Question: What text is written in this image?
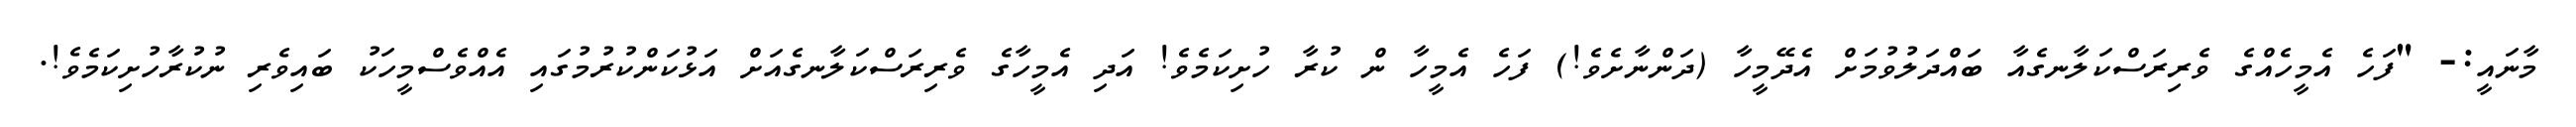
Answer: މާނައީ:- "ފަހެ އެމީހެއްގެ ވެރިރަސްކަލާނގެއާ ބައްދަލުވުމަށް އެދޭމީހާ (ދަންނާށެވެ!) ފަހެ އެމީހާ ން ކުރާ ހުށިކަމެވެ! އަދި އެމީހާގެ ވެރިރަސްކަލާނގެއަށް އަޅުކަންކުރުމުގައި އެއްވެސްމީހަކު ބައިވެރި ނުކުރާހުށިކަމެވެ!.